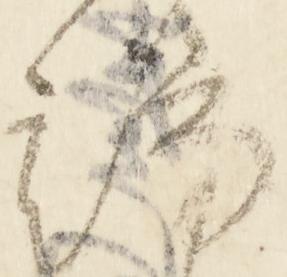
端